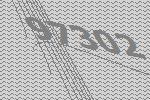
97302